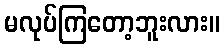
မလုပ်ကြတော့ဘူးလား။